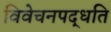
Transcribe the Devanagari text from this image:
विवेचनपद्धति